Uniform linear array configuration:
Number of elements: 16
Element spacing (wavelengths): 1
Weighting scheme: cosine
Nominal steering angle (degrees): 0
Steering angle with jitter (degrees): -0.4786
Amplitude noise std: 0.05
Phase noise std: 0.05

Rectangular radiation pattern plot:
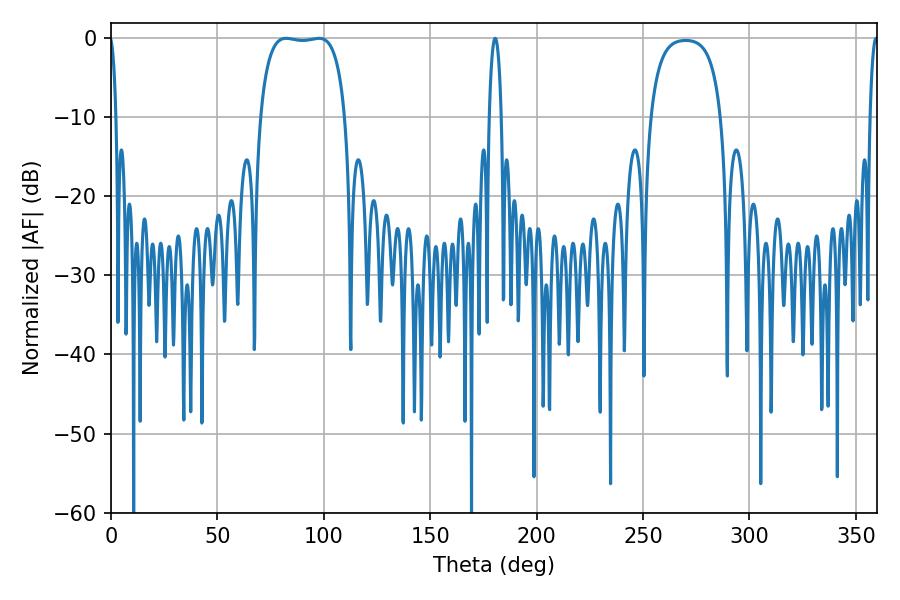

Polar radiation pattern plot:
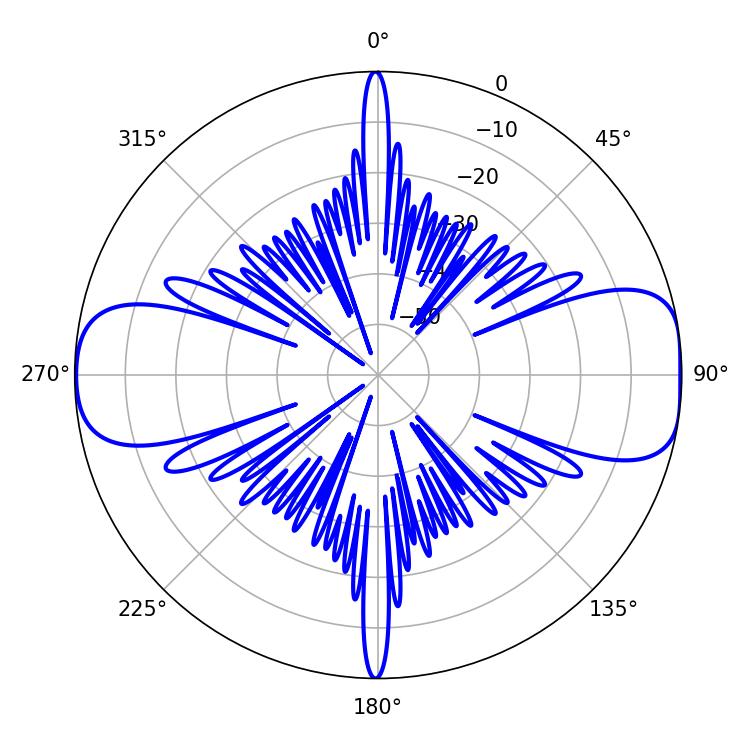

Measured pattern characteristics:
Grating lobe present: TRUE
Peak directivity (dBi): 11.038
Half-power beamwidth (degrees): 31.68
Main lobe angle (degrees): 82.26